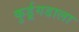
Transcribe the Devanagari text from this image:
कुर्डूगडाला